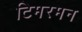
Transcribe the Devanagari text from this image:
टिमरमन